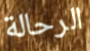
الرحالة